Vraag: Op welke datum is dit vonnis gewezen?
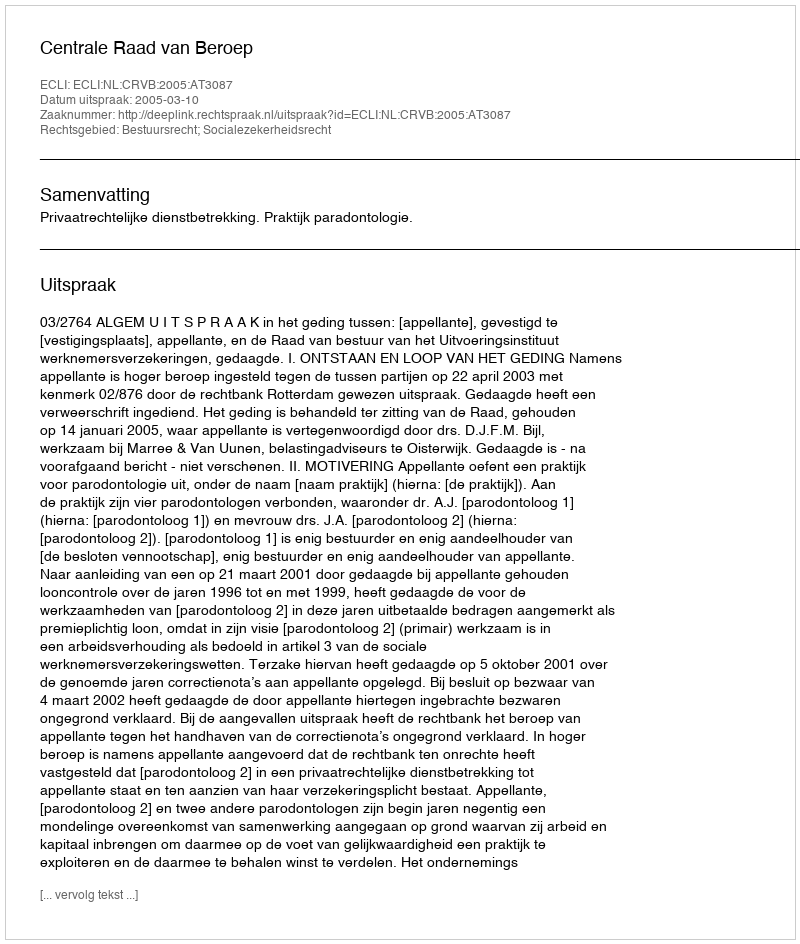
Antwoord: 2005-03-10